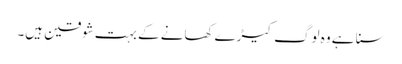
سنا ہے وہ لوگ کیڑے کھانے کے بہت شوقین ہیں۔